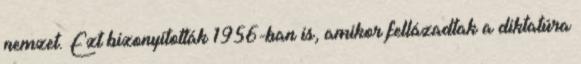
nemzet. Ezt bizonyították 1956-ban is, amikor fellázadtak a diktatúra